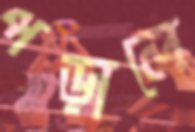
পড়ালে